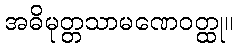
အဓိမုတ္တသာမဏေဝတ္ထု။